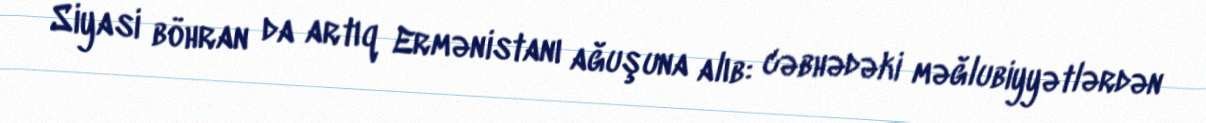
Siyasi böhran da artıq Ermənistanı ağuşuna alıb: cəbhədəki məğlubiyyətlərdən